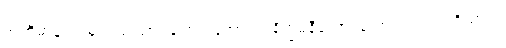
အဘိဓာန် ကျမ်းတွင် သာဝဏော၊ နံကာလ၊ နိက္ခမနီယော၊ နံကာလဟူ၍ ပရိယာယ်